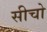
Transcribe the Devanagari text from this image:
सीचो